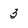
Character: 3